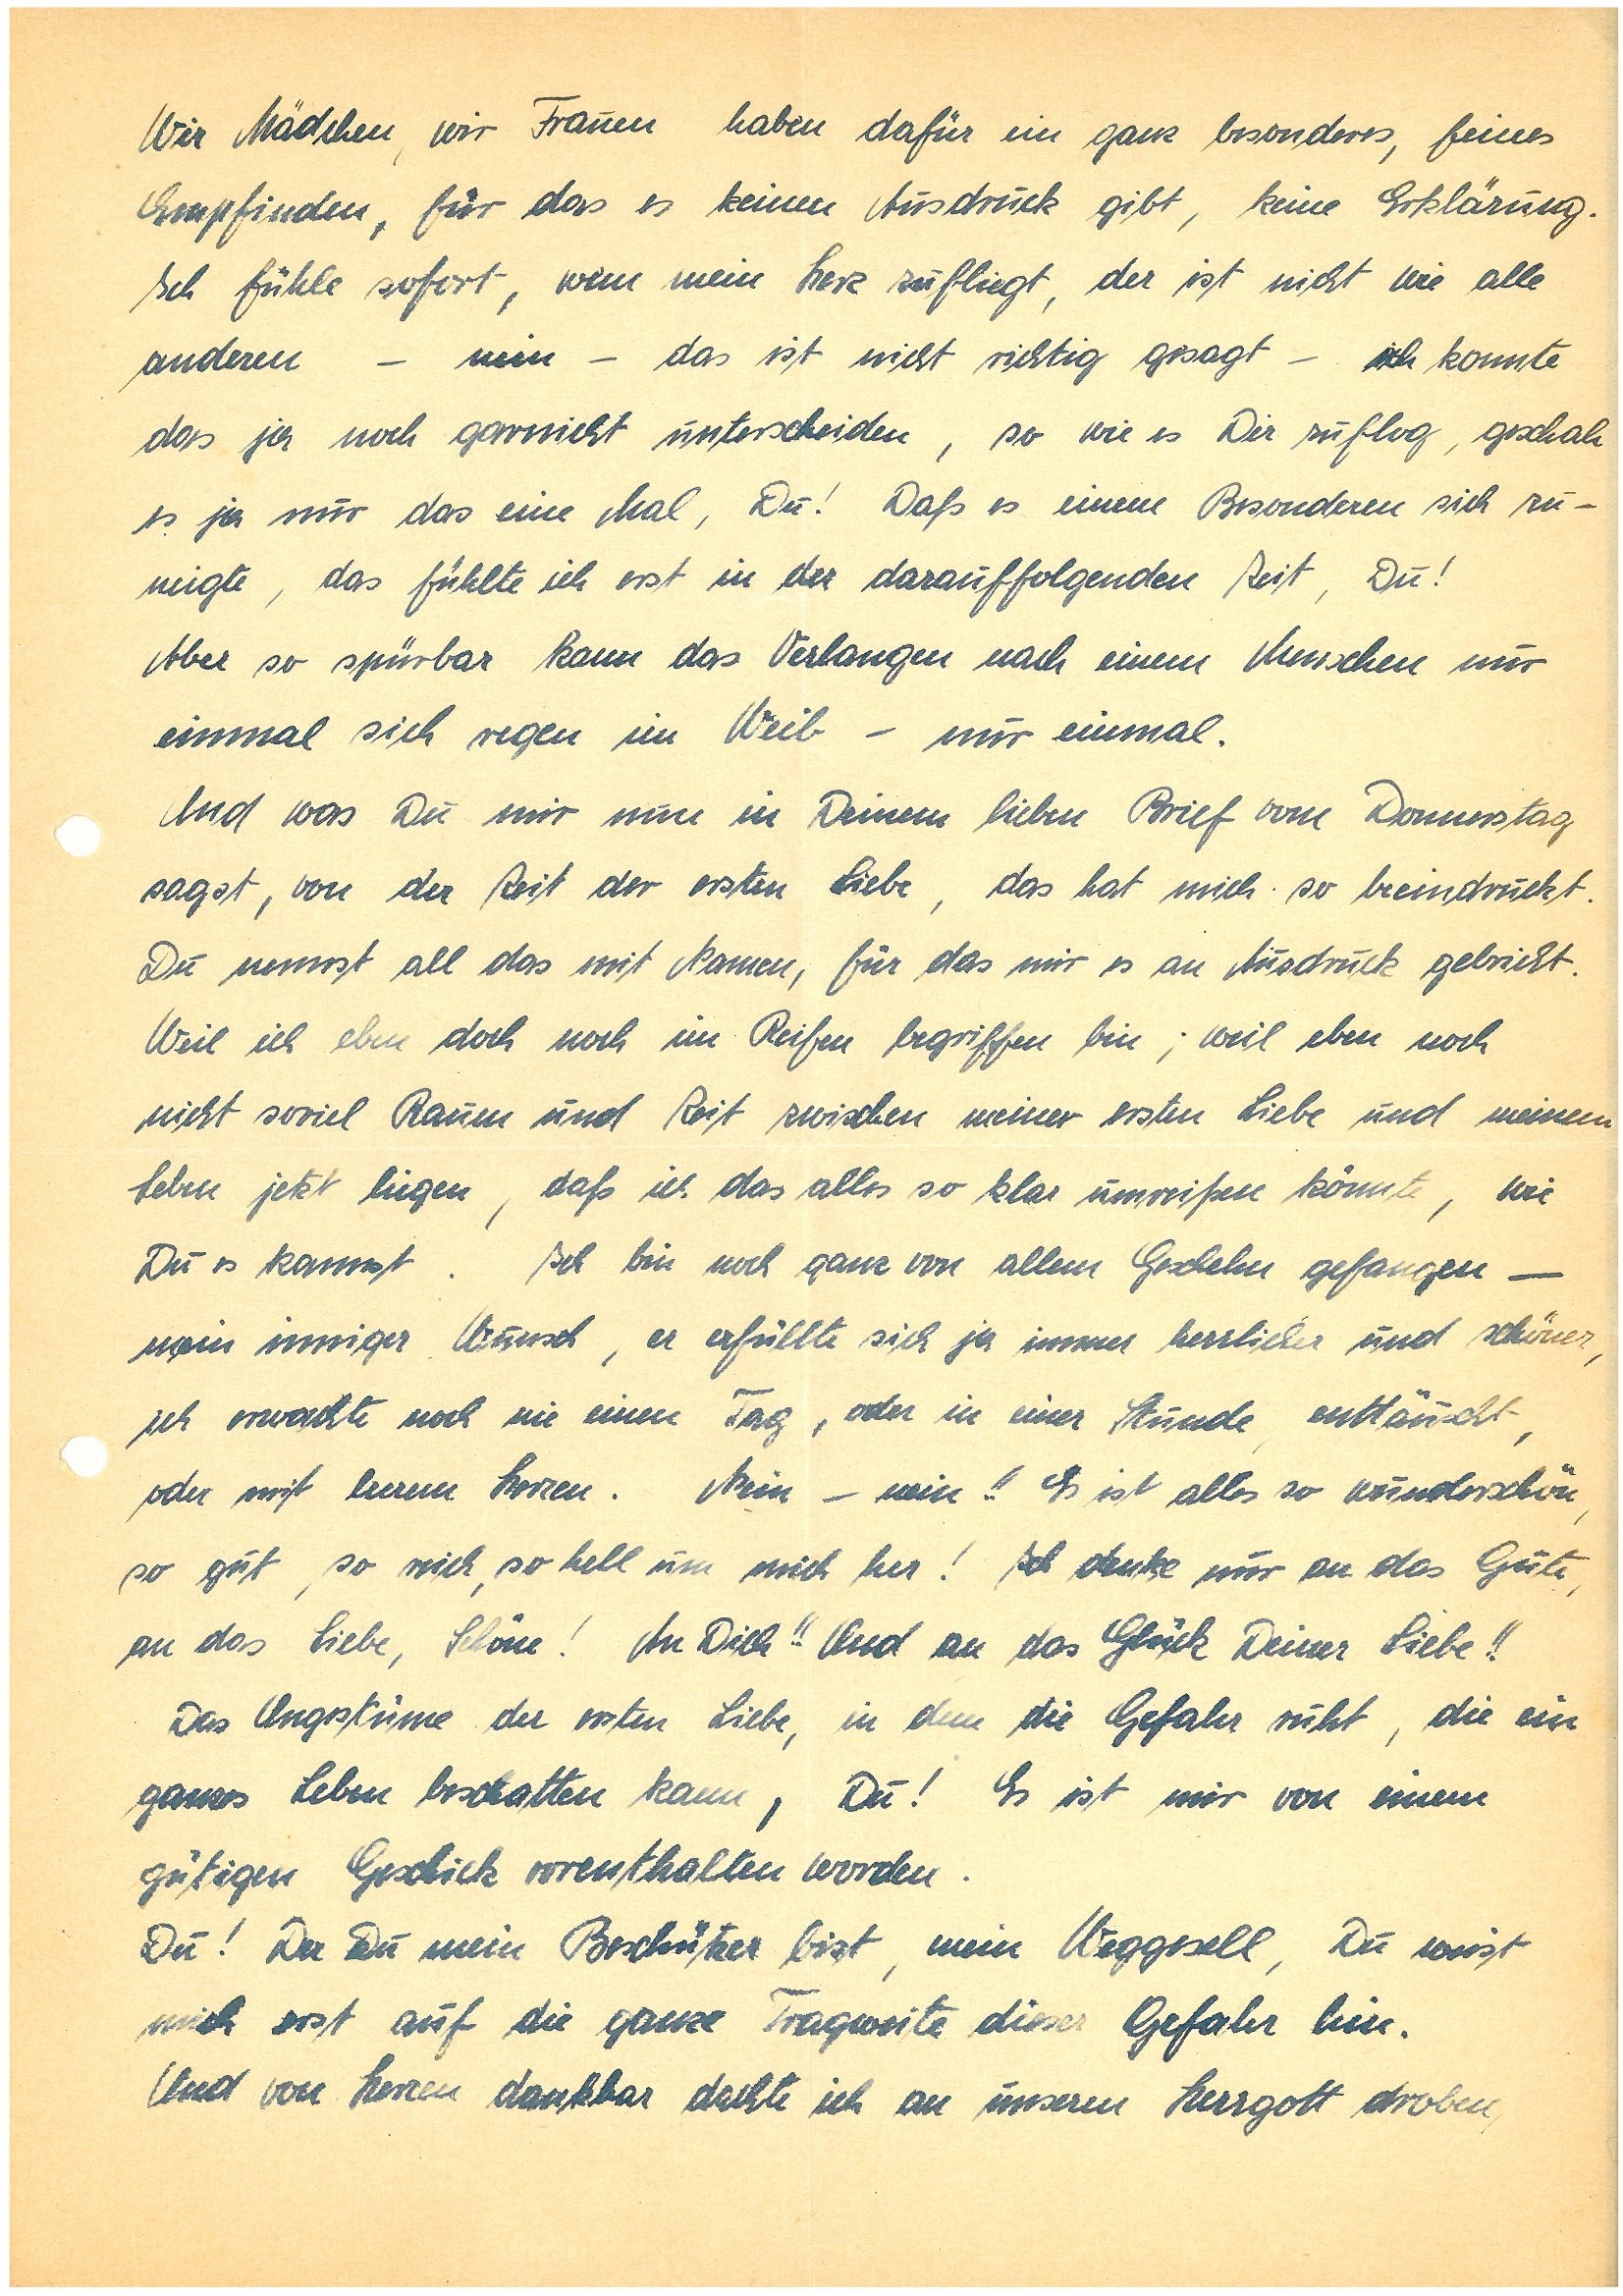
Wir Mädchen, wir Frauen haben dafür ein ganz besonderes, feines
Empfinden, für das es keinen Ausdruck gibt, keine Erklärung.
Ich fühlte sofort, wem mein Herz zufliegt, der ist nicht wie alle
anderen – nein – das ist nicht richtig gesagt – ich konnte
das ja noch garnicht unterscheiden, so wie es Dir zuflog, geschah
es ja nur das eine Mal, Du! Daß es einem Besonderen sich zu¬
neigte, das fühlte ich erst in der darauffolgenden Zeit, Du!
Aber so spürbar kann das Verlangen nach einem Menschen nur
einmal sich regen im Weib – nur einmal.
Und was Du mir nun in Deinem lieben Brief von Donnerstag
sagst, von der Zeit der ersten Liebe, das hat mich so beeindruckt.
Du nennst all das mit Namen, für das mir es an Ausdruck gebricht.
Weil ich eben doch noch im Reifen begriffen bin; weil eben noch
nicht soviel Raum und Zeit zwischen meiner ersten Liebe und meinem
Leben jetzt liegen, daß ich das alles so klar umreißen könnte, wie
Du es kannst. Ich bin noch ganz von allem Geschehen gefangen –
mein inniger Wunsch, er erfüllte sich ja immer herrlicher und schöner,
ich erwachte noch nie einen Tag, oder in einer Stunde, enttäuscht,
oder mit leerem Herzen. Nein – nein!! Es ist alles so wunderschön,
so gut, so reich, so hell um mich her! Ich denke nur an das Gute,
an das Liebe, Schöne! An Dich!! Und an das Glück Deiner Liebe!!
Das Ungestüme der ersten Liebe, in dem die Gefahr ruht, die ein
ganzes Leben beschatten kann, Du! Es ist mir von einem
gütigen Geschick vorenthalten worden.
Du! Der Du mein Beschützer bist, mein Weggesell, Du weist
mich erst auf die ganze Tragweite dieser Gefahr hin.
Und von Herzen dankbar dachte ich an unseren Herrgott droben